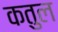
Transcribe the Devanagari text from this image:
कतुल